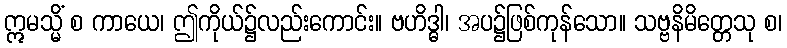
ဣမသ္မိံ စ ကာယေ၊ ဤကိုယ်၌လည်းကောင်း။ ဗဟိဒ္ဓါ၊ အပ၌ဖြစ်ကုန်သော။ သဗ္ဗနိမိတ္တေသု စ၊